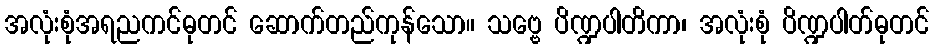
အလုံးစုံအရညကင်ဓုတင် ဆောက်တည်ကုန်သော။ သဗ္ဗေ ပိဏ္ဍပါတိကာ၊ အလုံးစုံ ပိဏ္ဍပါတ်ဓုတင်